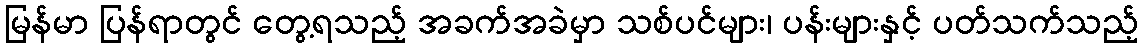
မြန်မာ ပြန်ရာတွင် တွေ့ရသည့် အခက်အခဲမှာ သစ်ပင်များ၊ ပန်းများနှင့် ပတ်သက်သည့်